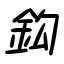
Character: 鈎